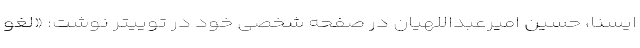
ایسنا، حسین امیرعبداللهیان در صفحه شخصی خود در توییتر نوشت: «لغو